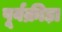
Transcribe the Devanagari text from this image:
पूर्वक्रीड़ा